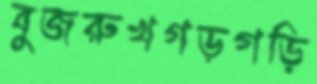
বুজরুখগড়গড়ি